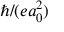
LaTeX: \hbar / ( e a _ { 0 } ^ { 2 } )